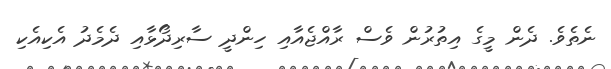
ނެތެވެ. ދެން މީގެ އިތުރުން ވެސް ރާއްޖެއާއި ހިންދީ ސާރިދޯޅާއި ދެމެދު އެކިއެކި